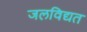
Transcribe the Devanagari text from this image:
जलविद्यत